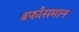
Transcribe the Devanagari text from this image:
बर्फांसमान